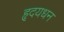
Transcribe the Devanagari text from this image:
हृदयधन